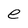
Character: e